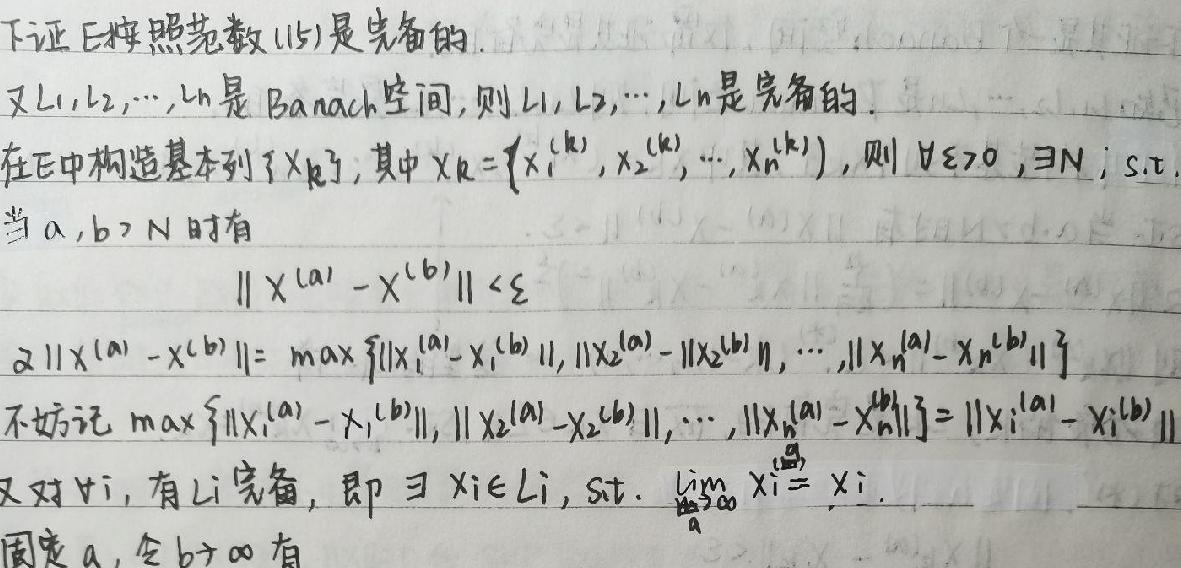
下证 E 照范数 $\|\cdot\|_E$ 是完备的.

又 $L_1,L_2,\cdots,L_n$ 是完备的.

在 $E$ 中构造基本列 $\{x_k\}$，其中 $x_k=\{x_i^{(k)}\}$，则 $\forall\varepsilon>0,\exists N,s.t.$

当 $a,b>N$ 时有

$\|x_a-x_b\|_E<\varepsilon$

$\|x_a-x_b\|_E=\max\{\|x_i^{(a)}-x_i^{(b)}\|,\cdots,\|x_n^{(a)}-x_n^{(b)}\|\}$

不妨记 $\max\{\|x_i^{(a)}-x_i^{(b)}\|,\cdots,\|x_n^{(a)}-x_n^{(b)}\|\}=\|x_i^{(a)}-x_i^{(b)}\|$

又对 $v_i$，有 $L_i$ 完备，即 $\exists x_i\in L_i,s.t.\lim\limits_{i\to\infty}x_i=x_i$.

固定 $a$，令 $b\to\infty$ 有